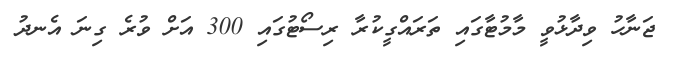
ޖަނާހު ވިދާޅުވީ މާމުޓާގައި ތަރައްގީކުރާ ރިސޯޓުގައި 300 އަށް ވުރެ ގިނަ އެނދު